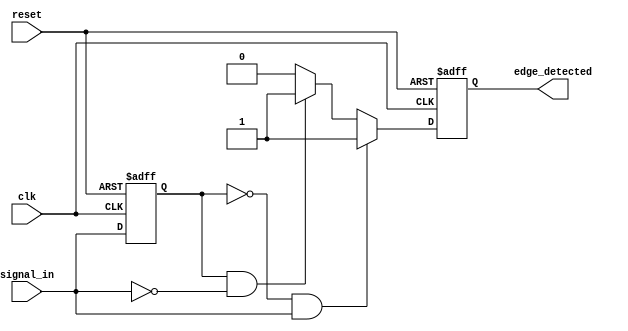
module glitch_free_edge_detector (
    input wire clk,               // Clock signal
    input wire reset,             // Asynchronous reset signal
    input wire signal_in,         // Input signal to detect edges
    output reg edge_detected      // Output signal indicating edge detection
);

    // Memory element to store the previous state of the input signal
    reg signal_in_prev;

    // Edge detection logic
    always @(posedge clk or posedge reset) begin
        if (reset) begin
            signal_in_prev <= 1'b0; // Initialize previous signal state to 0
            edge_detected <= 1'b0;   // Reset edge detected output
        end else begin
            // Detect rising edge
            if (signal_in_prev == 1'b0 && signal_in == 1'b1) begin
                edge_detected <= 1'b1; // Rising edge detected
            end
            // Detect falling edge
            else if (signal_in_prev == 1'b1 && signal_in == 1'b0) begin
                edge_detected <= 1'b1; // Falling edge detected
            end
            else begin
                edge_detected <= 1'b0; // No edge detected
            end
            
            // Update previous signal state
            signal_in_prev <= signal_in;
        end
    end

endmodule